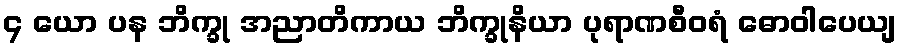
၄ ယော ပန ဘိက္ခု အညာတိကာယ ဘိက္ခုနိယာ ပုရာဏစီဝရံ ဓောဝါပေယျ